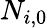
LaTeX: N_{i,0}